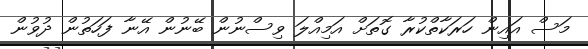
މަސް އައިން ހަރަކާތްކުރާ ގޮތަށް އަމިއްލަ ވިސްނުން ބޭނުން އޭނާ ފަހަތުން ދުވުން